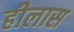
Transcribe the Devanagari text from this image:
हीलास